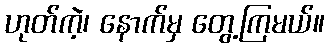
ဟုတ်ကဲ့၊ နောက်မှ တွေ့ကြမယ်။